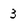
Character: 3